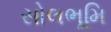
સોલભૂમિ